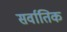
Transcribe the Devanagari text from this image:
सर्वातिक